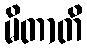
မိတာတိ